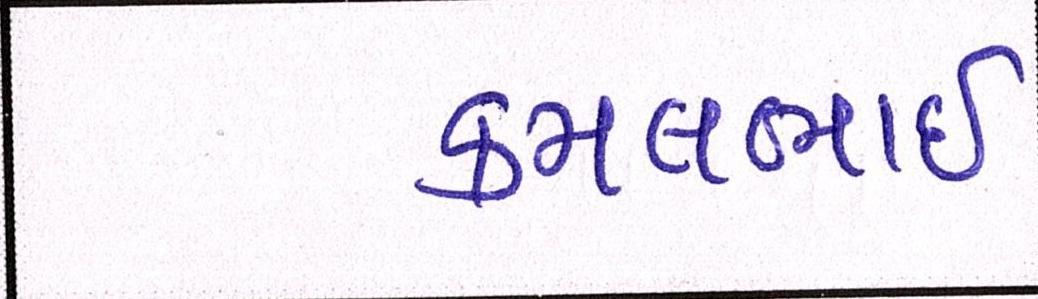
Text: કમલભાઇ